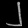
Digit: ၂